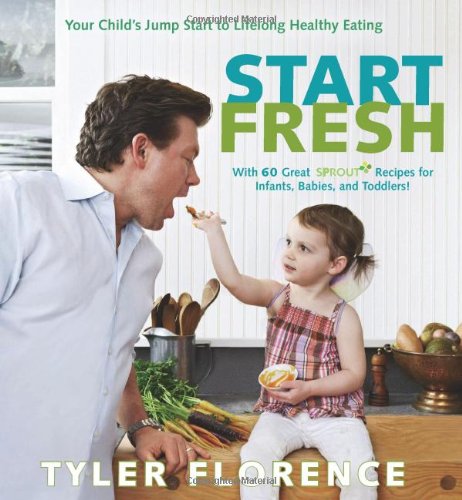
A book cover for Start Fresh: Your Child's Jump Start to Lifelong Healthy Eating; Tyler Florence; Cookbooks, Food & Wine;